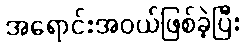
အရောင်းအဝယ်ဖြစ်ခဲ့ပြီး